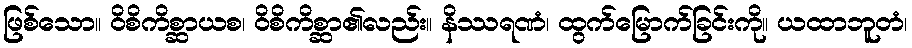
ဖြစ်သော။ ဝိစိကိစ္ဆာယစ၊ ဝိစိကိစ္ဆာ၏လည်း။ နိဿရဏံ၊ ထွက်မြောက်ခြင်းကို။ ယထာဘူတံ၊